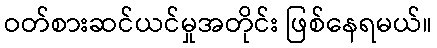
ဝတ်စားဆင်ယင်မှုအတိုင်း ဖြစ်နေရမယ်။